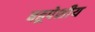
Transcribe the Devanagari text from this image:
बहूपेशीय